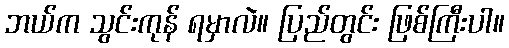
ဘယ်က သွင်းကုန် ရမှာလဲ။ ပြည်တွင်း ဖြစ်ကြီးပါ။